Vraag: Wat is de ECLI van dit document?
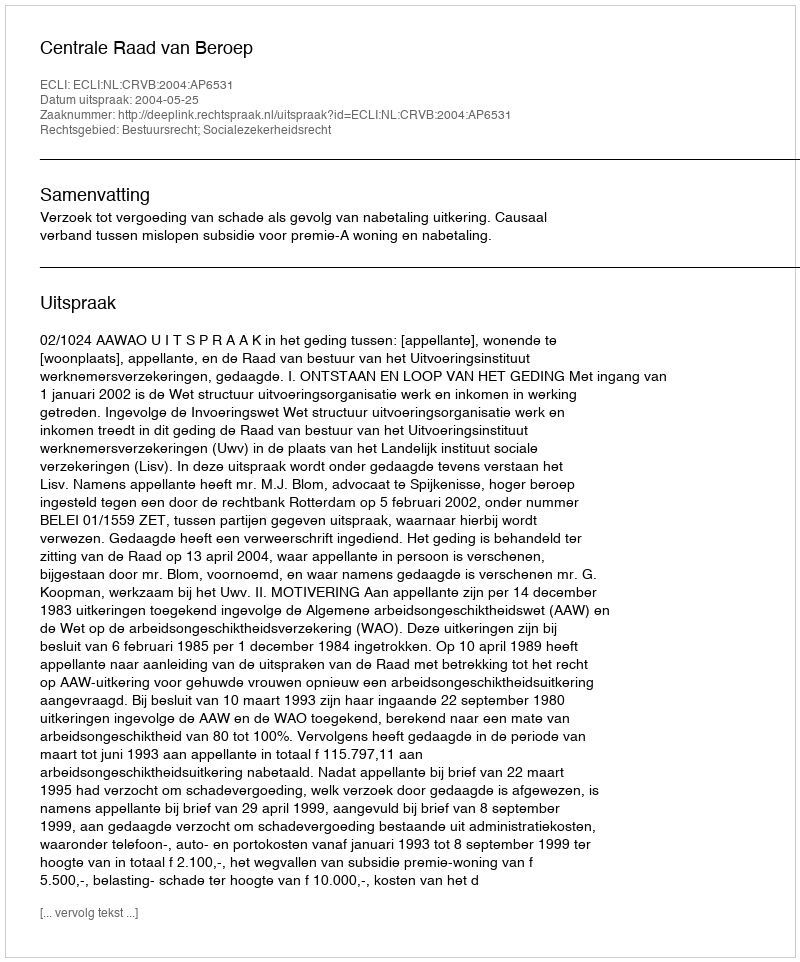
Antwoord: ECLI:NL:CRVB:2004:AP6531